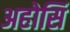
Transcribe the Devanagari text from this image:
अहोसिं